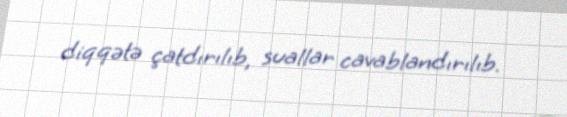
diqqətə çatdırılıb, suallar cavablandırılıb.